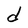
Character: d